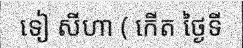
ទៀ សីហា ( កើត ថ្ងៃទី